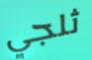
ثلجي